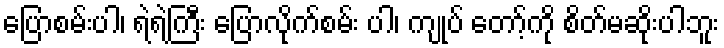
ပြောစမ်းပါ၊ ရဲရဲကြီး ပြောလိုက်စမ်း ပါ၊ ကျုပ် တော့်ကို စိတ်မဆိုးပါဘူး